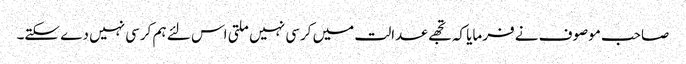
صاحب موصوف نے فرمایا کہ تجھے عدالت میں کرسی نہیں ملتی اس لئے ہم کرسی نہیں دے سکتے۔